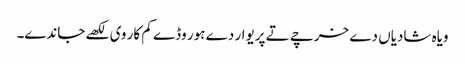
ویاہ شادیاں دے خرچے تے پریوار دے ہور وڈے کم کار وی لکھے جاندے۔